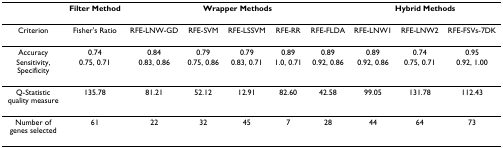
|  | Filter Method | <COLSPAN=5> Wrapper Methods | <COLSPAN=3> Hybrid Methods |
 | --- | --- | --- | --- | --- | --- | --- | --- | --- | --- |
 | Criterion | Fisher's Ratio | RFE-LNW-GD | RFE-SVM | RFE-LSSVM | RFE-RR | RFE-FLDA | RFE-LNW1 | RFE-LNW2 | RFE-FSVs-7DK |
 | Accuracy | 0.74 | 0.84 | 0.79 | 0.79 | 0.89 | 0.89 | 0.89 | 0.74 | 0.95 |
 | Sensitivity, Specificity | 0.75, 0.71 | 0.83, 0.86 | 0.75, 0.86 | 0.83, 0.71 | 1.0, 0.71 | 0.92, 0.86 | 0.92, 0.86 | 0.75, 0.71 | 0.92, 1.00 |
 | Q-Statistic quality measure | 135.78 | 81.21 | 52.12 | 12.91 | 82.60 | 42.58 | 99.05 | 131.78 | 112.43 |
 | Number of genes selected | 61 | 22 | 32 | 45 | 7 | 28 | 44 | 64 | 73 |